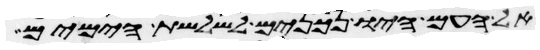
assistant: אל העם היו נכונים לשלשת הימים